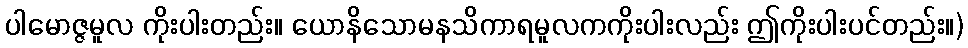
ပါမောဇ္ဇမူလ ကိုးပါးတည်း။ ယောနိသောမနသိကာရမူလကကိုးပါးလည်း ဤကိုးပါးပင်တည်း။)